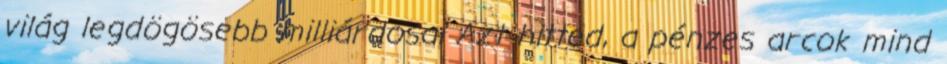
világ legdögösebb milliárdosai Azt hitted, a pénzes arcok mind